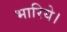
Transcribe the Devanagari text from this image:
भारिये।